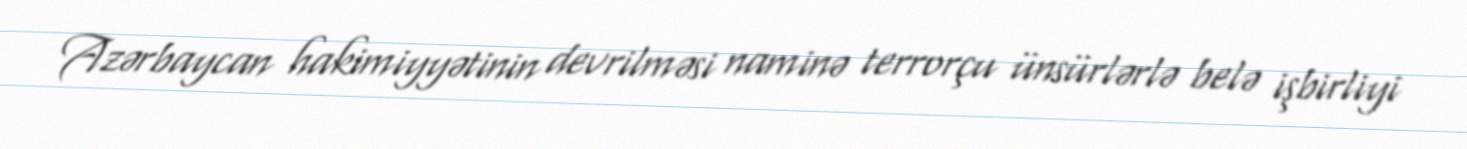
Azərbaycan hakimiyyətinin devrilməsi naminə terrorçu ünsürlərlə belə işbirliyi